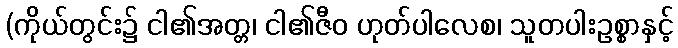
(ကိုယ်တွင်း၌ ငါ၏အတ္တ၊ ငါ၏ဇီဝ ဟုတ်ပါလေစ၊ သူတပါးဥစ္စာနှင့်